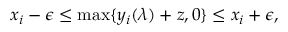
x _ { i } - \epsilon \le \operatorname* { m a x } \{ y _ { i } ( \boldsymbol { \lambda } ) + z , 0 \} \le x _ { i } + \epsilon ,